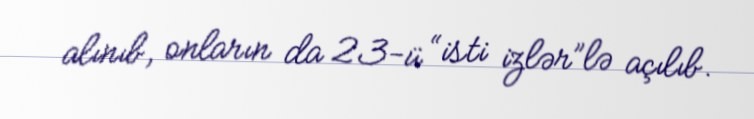
alınıb, onların da 23-ü “isti izlər”lə açılıb.